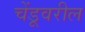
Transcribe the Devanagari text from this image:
चेंडूवरील